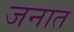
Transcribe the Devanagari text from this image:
जनात